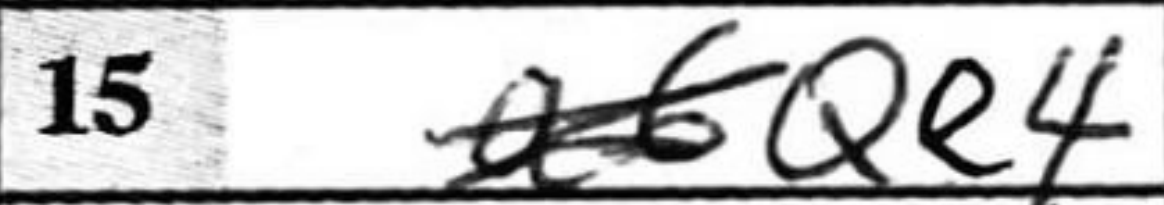
Transcription: Qe4